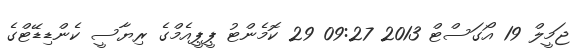
ޖަމީލް 19 އޯގަސްޓް 2013 09:27 29 ކޮމެންޓު ޕީޕީއެމްގެ ރިޔާސީ ކެންޑިޑޭޓްގެ